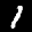
Label: 1